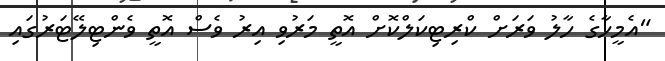
"އެމީހާގެ ހާލު ވަރަށް ކްރިޓިކަލްކޮށް އޮތީ މަރުވި އިރު ވެސް އޮތީ ވެންޓިލޭޓަރުގައި